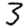
Digit: 3